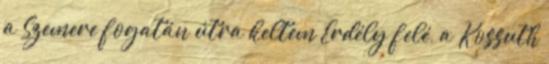
a Szemere fogatán útra keltem Erdély felé, a Kossuth